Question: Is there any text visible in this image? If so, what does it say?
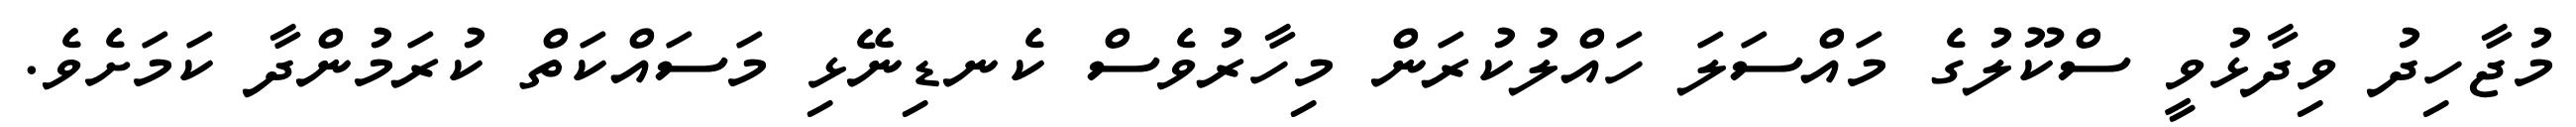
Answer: މުޖާހިދު ވިދާޅުވީ ސްކޫލުގެ މައްސަލަ ހައްލުކުރަން މިހާރުވެސް ކެނޑިނޭޅި މަސައްކަތް ކުރަމުންދާ ކަމަށެވެ.